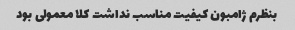
بنظرم ژامبون کیفیت مناسب نداشت کلا معمولی بود